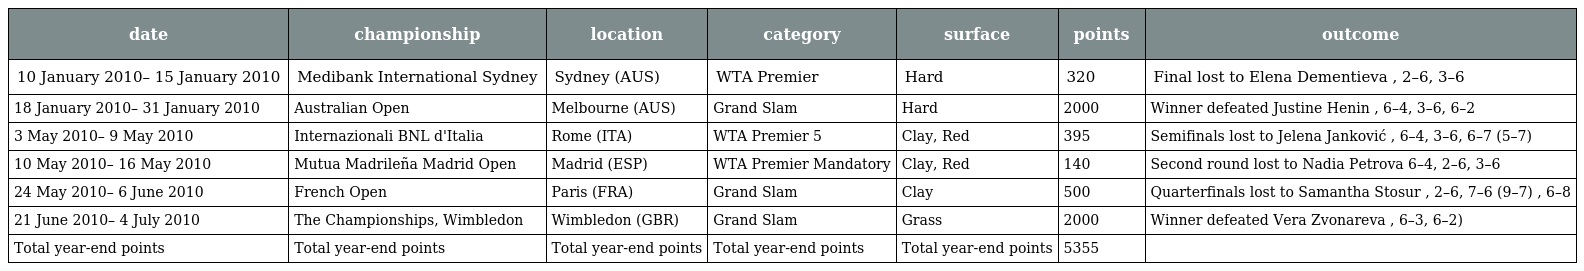
| date | championship | location | category | surface | points | outcome |
 | --- | --- | --- | --- | --- | --- | --- |
 | 10 January 2010– 15 January 2010 | Medibank International Sydney | Sydney (AUS) | WTA Premier | Hard | 320 | Final lost to Elena Dementieva , 2–6, 3–6 |
 | 18 January 2010– 31 January 2010 | Australian Open | Melbourne (AUS) | Grand Slam | Hard | 2000 | Winner defeated Justine Henin , 6–4, 3–6, 6–2 |
 | 3 May 2010– 9 May 2010 | Internazionali BNL d'Italia | Rome (ITA) | WTA Premier 5 | Clay, Red | 395 | Semifinals lost to Jelena Janković , 6–4, 3–6, 6–7 (5–7) |
 | 10 May 2010– 16 May 2010 | Mutua Madrileña Madrid Open | Madrid (ESP) | WTA Premier Mandatory | Clay, Red | 140 | Second round lost to Nadia Petrova 6–4, 2–6, 3–6 |
 | 24 May 2010– 6 June 2010 | French Open | Paris (FRA) | Grand Slam | Clay | 500 | Quarterfinals lost to Samantha Stosur , 2–6, 7–6 (9–7) , 6–8 |
 | 21 June 2010– 4 July 2010 | The Championships, Wimbledon | Wimbledon (GBR) | Grand Slam | Grass | 2000 | Winner defeated Vera Zvonareva , 6–3, 6–2) |
 | Total year-end points | Total year-end points | Total year-end points | Total year-end points | Total year-end points | 5355 |  |